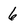
Character: 6